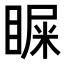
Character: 𪾴